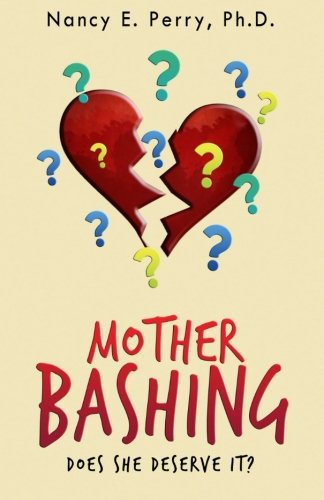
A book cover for Mother Bashing: Does She Deserve it?; Dr. Nancy E. Perry; Parenting & Relationships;